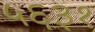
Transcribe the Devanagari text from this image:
५६३१